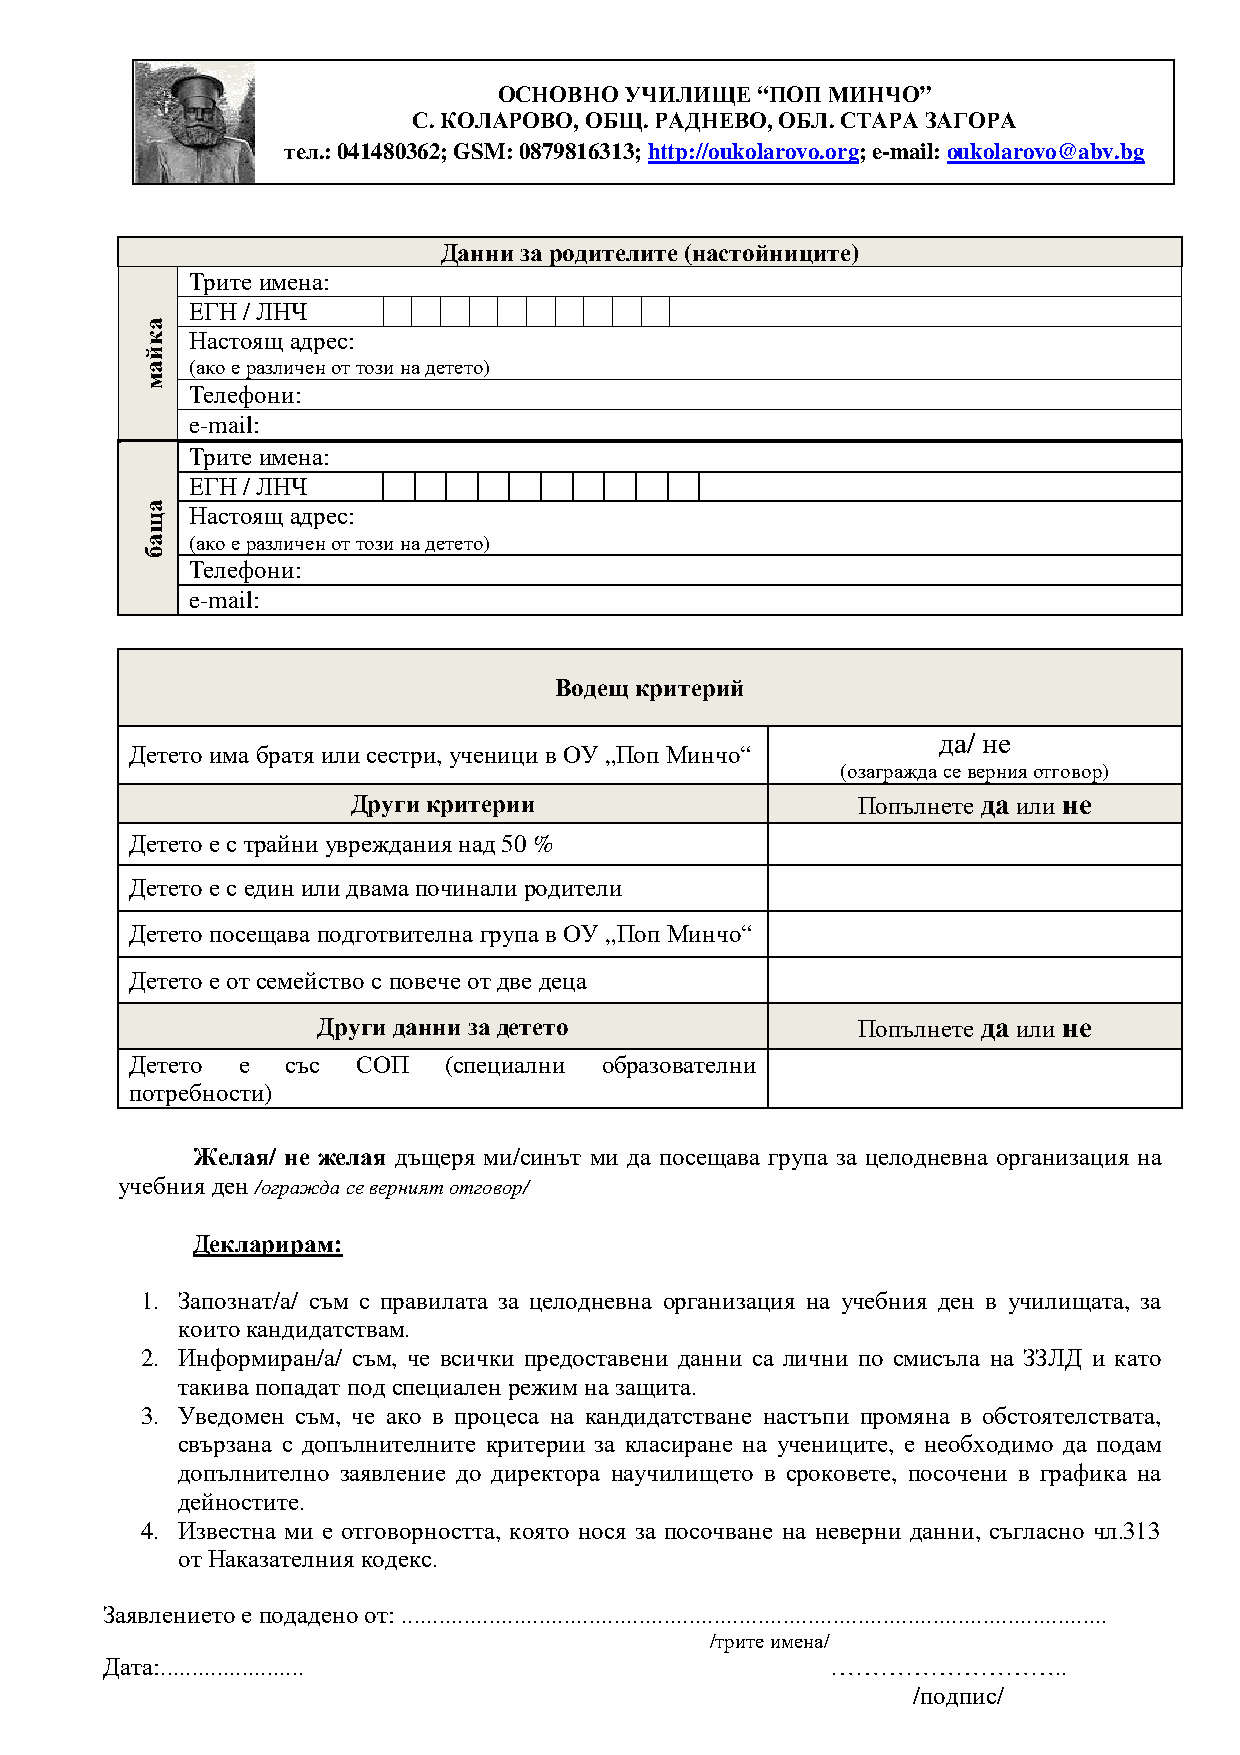
ОСНОВНО УЧИЛИЩЕ  “ПОП МИНЧО”
 С. КОЛАРОВО, ОБЩ. РАДНЕВО, ОБЛ. СТАРА ЗАГОРА
 тел.: 041480362; GSM: 0879816313; http://oukolarovo.org; e-mail: oukolarovo@abv.bg
 Данни за родителите (настойниците)
 Трите имена:
 ЕГН / ЛНЧ
 Настоящ адрес:
 (ако е различен от този на детето)
 Телефони:
 e-mail:
 Трите имена:
 ЕГН / ЛНЧ
 Настоящ адрес:
 (ако е различен от този на детето)
 Телефони:
 e-mail:
 Водещ критерий
 да/ не
 Детето има братя или сестри, ученици в ОУ „Поп Минчо“
 (озагражда се верния отговор)
 Други критерии                    Попълнете да или не
 Детето е с трайни увреждания над 50 %
 Детето е с един или двама починали родители
 Детето посещава подготвителна група в ОУ „Поп Минчо“
 Детето е от семейство с повече от две деца
 Други данни за детето               Попълнете да или не
 Детето е  със  СОП  (специални образователни
 потребности)
 Желая/ не желая дъщеря ми/синът ми да посещава група за целодневна организация на
 учебния ден /огражда се верният отговор/
 Декларирам:
 1. Запознат/а/ съм с правилата за целодневна организация на учебния ден в училищата, за
 които кандидатствам.
 2. Информиран/а/ съм, че всички предоставени данни са лични по смисъла на ЗЗЛД и като
 такива попадат под специален режим на защита.
 3. Уведомен съм, че ако в процеса на кандидатстване настъпи промяна в обстоятелствата,
 свързана с допълнителните критерии за класиране на учениците, е необходимо да подам
 допълнително заявление до директора научилището в сроковете, посочени в графика на
 дейностите.
 4. Известна ми е отговорността, която нося за посочване на неверни данни, съгласно чл.313
 от Наказателния кодекс.
 Заявлението е подадено от: .................................................................................................................
 /трите имена/
 Дата:.......................                    ………………………..
 /подпис/
 акйам
 ащаб